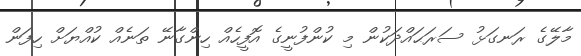
މާލޭގެ ރަނގަޅު ސަރަޙައްދަކުން މި ކުންފުނީގެ އޮފީހެއް ހިންގާނޭ ތަނެއް ކުއްޔަށް ހިފަން